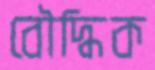
বৌদ্ধিক